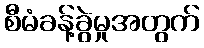
စီမံခန့်ခွဲမှုအတွက်